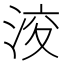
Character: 𱦪